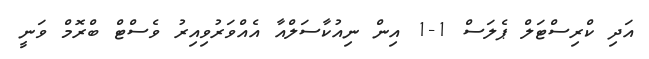
އަދި ކްރިސްޓަލް ޕެލަސް 1-1 އިން ނިއުކާސަލްއާ އެއްވަރުވިއިރު ވެސްޓް ބްރޮމް ވަނީ